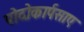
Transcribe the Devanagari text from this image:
पोदोकार्पसाए